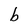
Character: b